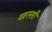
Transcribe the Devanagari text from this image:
खस्सी